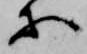
等